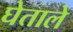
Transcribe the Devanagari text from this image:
घेताले